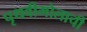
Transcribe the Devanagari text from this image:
पृथवीमोलाची